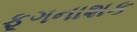
ફૂગનાશક